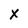
Character: x